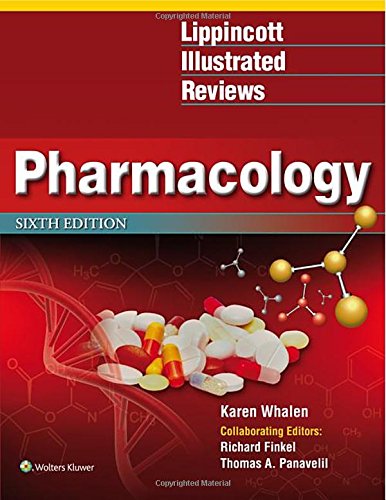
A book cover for Lippincott Illustrated Reviews: Pharmacology 6th edition (Lippincott Illustrated Reviews Series); Karen Whalen PharmD  BCPS; Medical Books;